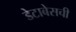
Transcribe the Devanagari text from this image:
डेटाबेसची